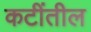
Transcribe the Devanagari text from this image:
कटींतील